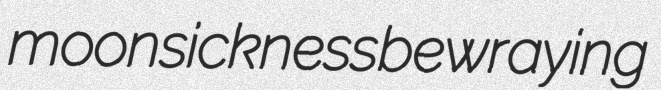
moonsickness bewraying